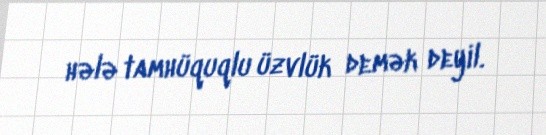
hələ tamhüquqlu üzvlük demək deyil.